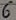
Text: 6